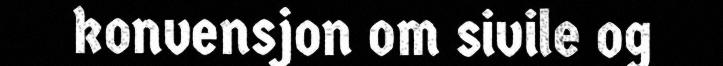
konvensjon om sivile og